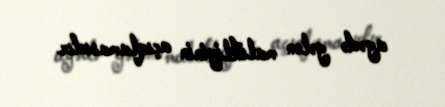
ayədə gələn malikliyinin açıqlamasıdır.